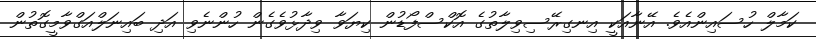
ކަމާލް ހުސައިންއެވެ. އޭނާއަކީ އިނގިރޭސިވިލާތުގެ އޮކްސްފޯޑުން ކިޔަވާ ވިދާޅުވެގެން ހުންނެވި އަދި ބައިނަލްއަގްވާމީގޮތުން